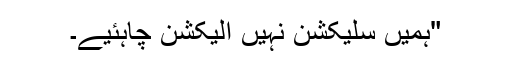
"ہمیں سلیکشن نہیں الیکشن چاہئیے۔